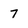
Character: 7